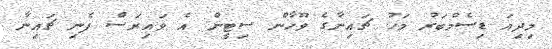
މިދިއަ ޑިސެމްބަރު މަހު ޗައިނާގެ ވޫހާން ސިޓީން އެ ވައިރަސް ފެނި ޗައިނާ